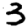
Digit: 3